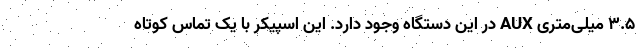
3.5 میلی‌متری AUX در این دستگاه وجود دارد. این اسپیکر با یک تماس کوتاه